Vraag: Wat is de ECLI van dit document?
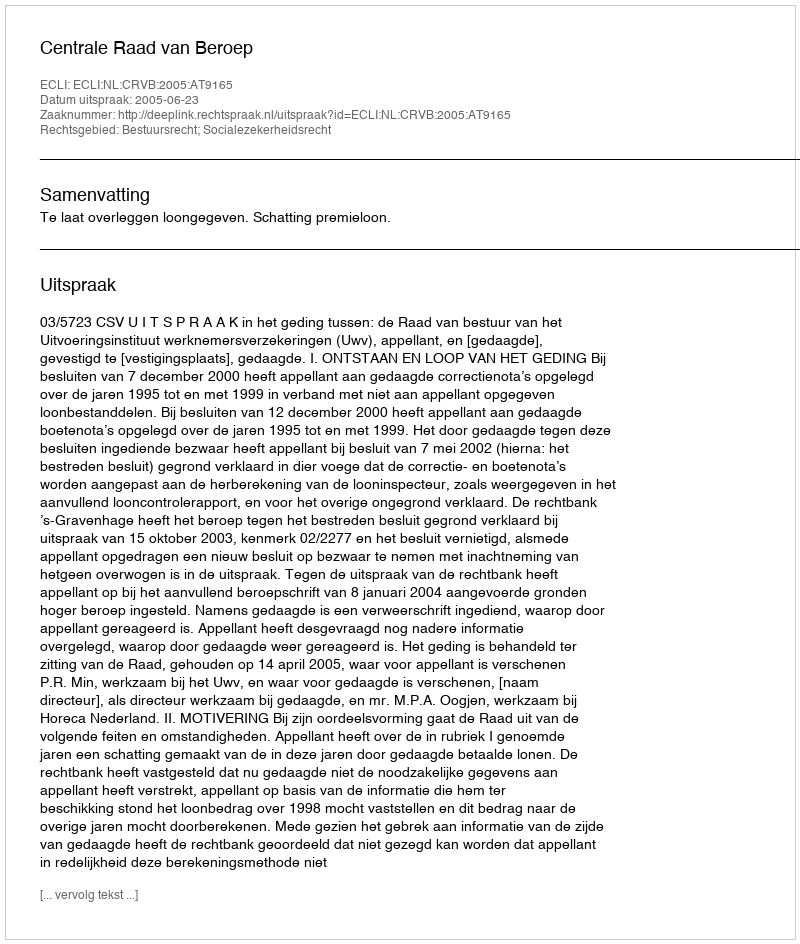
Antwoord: ECLI:NL:CRVB:2005:AT9165